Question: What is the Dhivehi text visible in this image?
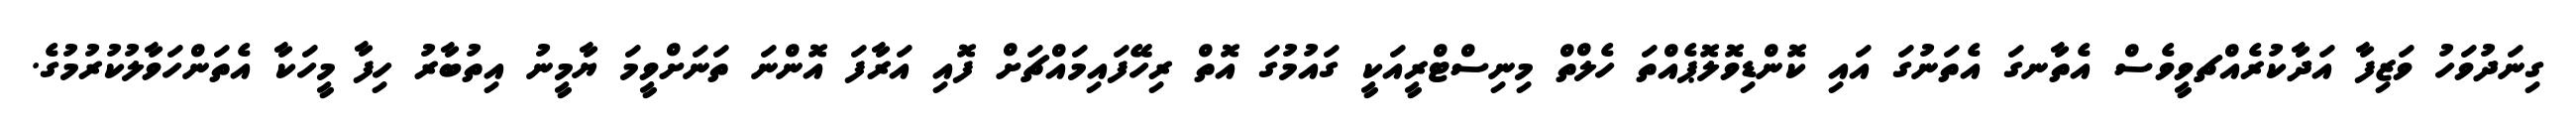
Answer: ގިނަދުވަހު ވަޒިފާ އަދާކުރެއްޗވީވެސް އެތާނގަ އެތަނުގަ އައި ކޮންޑިވޮލޮޕެއްތަ ހެލްތް މިނިސްޓްރީއަކީ ގައުމުގަ އޮތް ރިހޭފައިމައްޗަށް ފޮއި އަރާފަ އޮންނަ ތަނަށްވީމަ ޔާމީނު އިތުބާރު ހިފާ މީހަކާ އެތަންހަވާލުކުރުމުގެ.